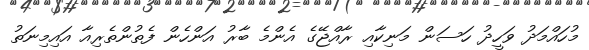
މުހައްމަދު ވަހީދު ހަސަން މަނިކާއި ރާއްޖޭގެ އެންމެ ބާރު އަންހެން ފެތުންތެރިއާ އައިމިނަތު